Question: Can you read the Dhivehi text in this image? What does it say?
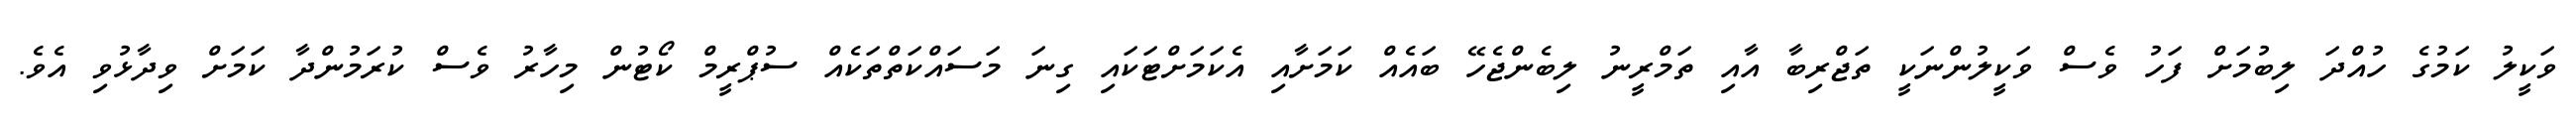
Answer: ވަކީލު ކަމުގެ ހުއްދަ ލިބުމަށް ފަހު ވެސް ވަކީލުންނަކީ ތަޖްރިބާ އާއި ތަމްރީނު ލިބެންޖެހޭ ބައެއް ކަމަށާއި އެކަމަށްޓަކައި ގިނަ މަސައްކަތްތަކެއް ސުޕްރީމް ކޯޓުން މިހާރު ވެސް ކުރަމުންދާ ކަމަށް ވިދާޅުވި އެވެ.